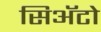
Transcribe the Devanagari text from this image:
सिअॅटो